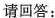
请回答：